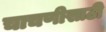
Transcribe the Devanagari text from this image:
चाचणीसाठी